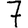
Digit: 7